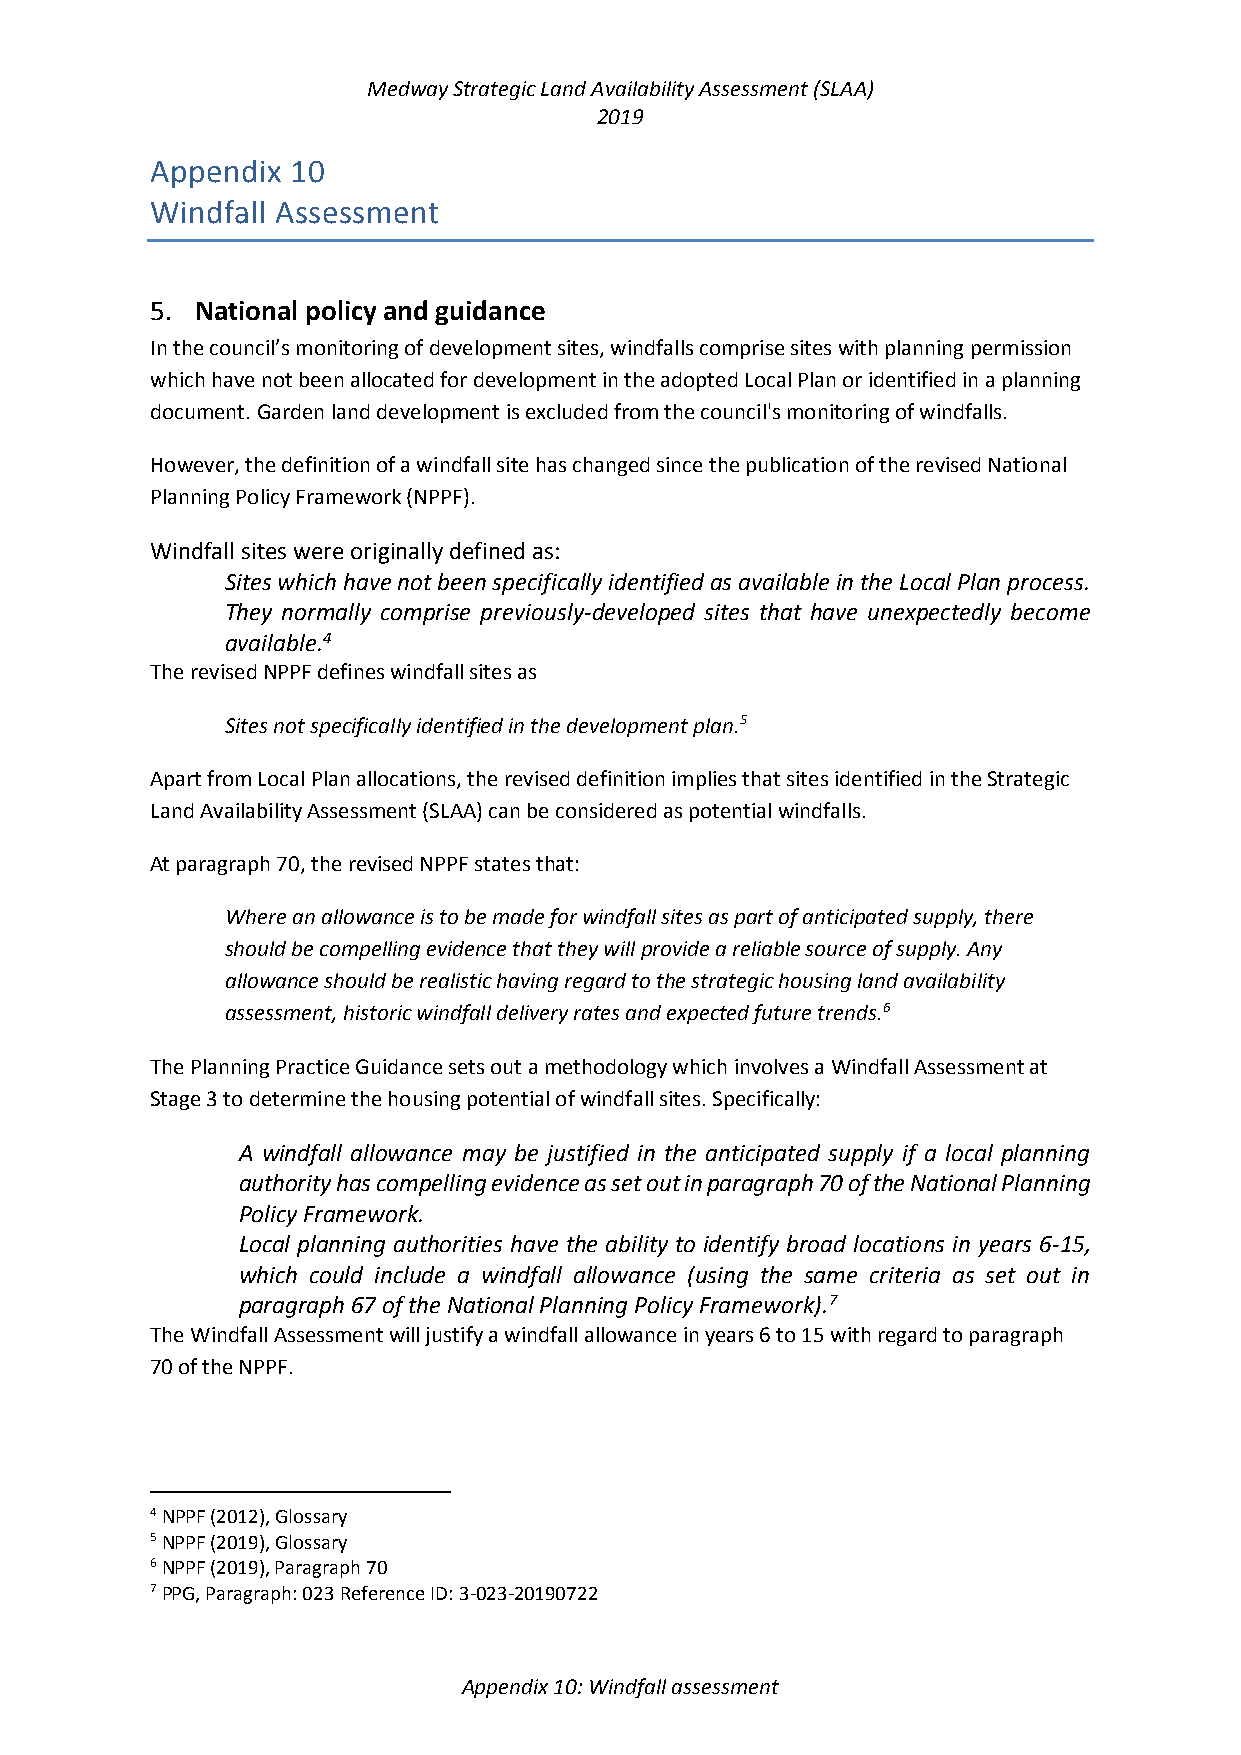
Medway Strategic Land Availability Assessment (SLAA)
 2019
 Appendix 10
 Windfall Assessment
 5. National policy and guidance
 In the council’s monitoring of development sites, windfalls comprise sites with planning permission
 which have not been allocated for development in the adopted Local Plan or identified in a planning
 document. Garden land development is excluded from the council's monitoring of windfalls.
 However, the definition of a windfall site has changed since the publication of the revised National
 Planning Policy Framework (NPPF).
 Windfall sites were originally defined as:
 Sites which have not been specifically identified as available in the Local Plan process.
 They normally comprise previously-developed sites that have unexpectedly become
 available.4
 The revised NPPF defines windfall sites as
 Sites not specifically identified in the development plan.5
 Apart from Local Plan allocations, the revised definition implies that sites identified in the Strategic
 Land Availability Assessment (SLAA) can be considered as potential windfalls.
 At paragraph 70, the revised NPPF states that:
 Where an allowance is to be made for windfall sites as part of anticipated supply, there
 should be compelling evidence that they will provide a reliable source of supply. Any
 allowance should be realistic having regard to the strategic housing land availability
 assessment, historic windfall delivery rates and expected future trends.6
 The Planning Practice Guidance sets out a methodology which involves a Windfall Assessment at
 Stage 3 to determine the housing potential of windfall sites. Specifically:
 A windfall allowance may be justified in the anticipated supply if a local planning
 authority has compelling evidence as set out in paragraph 70 of the National Planning
 Policy Framework.
 Local planning authorities have the ability to identify broad locations in years 6-15,
 which could include a windfall allowance (using the same criteria as set out in
 paragraph 67 of the National Planning Policy Framework).7
 The Windfall Assessment will justify a windfall allowance in years 6 to 15 with regard to paragraph
 70 of the NPPF.
 4 NPPF (2012), Glossary
 5 NPPF (2019), Glossary
 6 NPPF (2019), Paragraph 70
 7 PPG, Paragraph: 023 Reference ID: 3-023-20190722
 Appendix 10: Windfall assessment